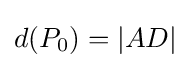
d(P_{0})=|AD|